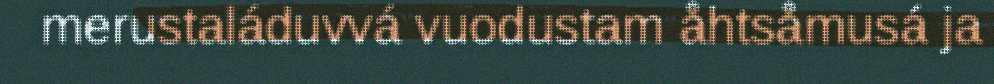
merustaláduvvá vuodustam åhtsåmusá ja